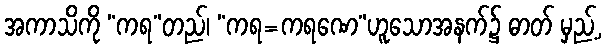
အကာသိကို “ကရ”တည်၊ “ကရ=ကရဏေ”ဟူသောအနက်၌ ဓာတ် မှည့်,